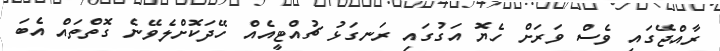
ރާއްޖޭގައި ވެސް ވަރަށް ހެޔޮ އަގުގައި ރަނގަޅު ޗުއްޓީއެއް ހޭދަކޮށްލެވޭނެ ގޮތްތައް އެބަ